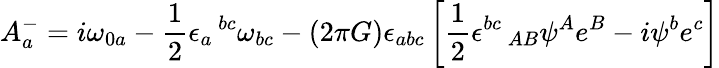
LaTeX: A_{a}^{-}=i\omega_{0a}-{\frac{1}{2}}\epsilon_{a}\, ^{bc}\omega_{bc}-(2\pi G)\epsilon_{abc}\left[{\frac{1}{2}}\epsilon^{bc}\, _{AB}\psi^{A}e^{B}-i\psi^{b}e^{c}\right]